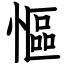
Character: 慪